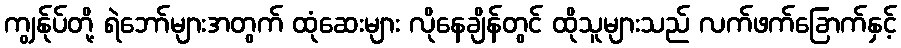
ကျွန်ုပ်တို့ ရဲဘော်များအတွက် ထုံဆေးများ လိုနေချိန်တွင် ထိုသူများသည် လက်ဖက်ခြောက်နှင့်